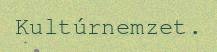
Kultúrnemzet.